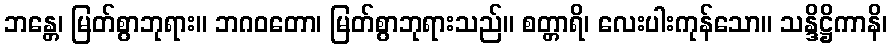
ဘန္တေ၊ မြတ်စွာဘုရား။ ဘဂဝတော၊ မြတ်စွာဘုရားသည်။ စတ္တာရိ၊ လေးပါးကုန်သော။ သန္ဒိဋ္ဌိကာနိ၊